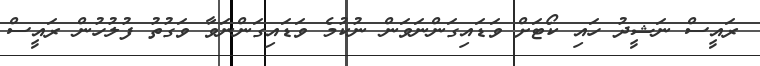
ރައީސް ނަޝީދު ހައި ކޯޓަށް ވަޑައިގަންނަވަން ނުކުމެ ވަޑައިގަންނަވާ ވަގުތު ފުލުހުން ރައީސް